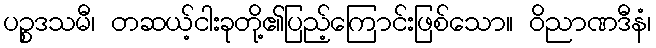
ပဉ္စဒသမီ၊ တဆယ့်ငါးခုတို့၏ပြည့်ကြောင်းဖြစ်သော။ ဝိညာဏဒီနံ၊